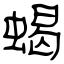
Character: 蝎